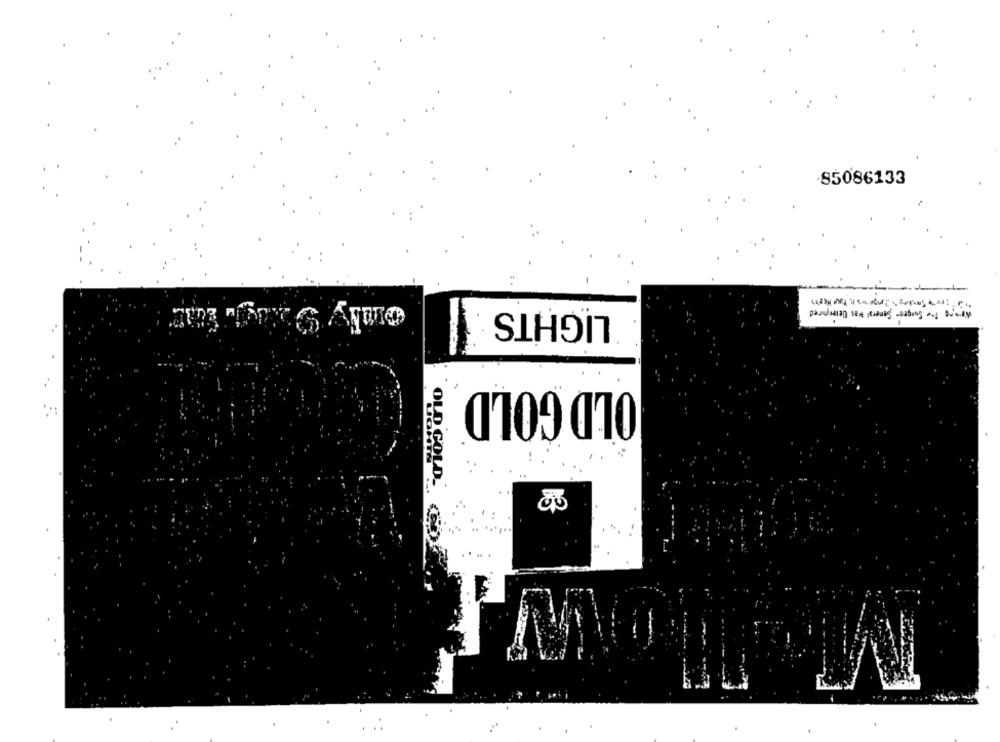
85086133
only 9
LIGHTS
Wamro The Surgeon General Was Deurenred
..
OLD GOLD
OLD GOLD-
....
.....